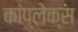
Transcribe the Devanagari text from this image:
कांप्लेक्स